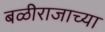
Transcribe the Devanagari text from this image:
बळीराजाच्या